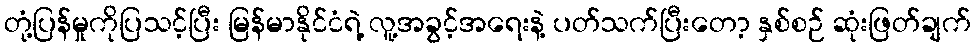
တုံ့ပြန်မှုကိုပြသင့်ပြီး မြန်မာနိုင်ငံရဲ့ လူ့အခွင့်အရေးနဲ့ ပတ်သက်ပြီးတော့ နှစ်စဉ် ဆုံးဖြတ်ချက်